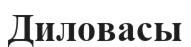
Диловасы